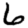
Digit: 6